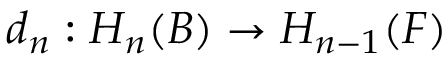
d _ { n } : H _ { n } ( B ) \to H _ { n - 1 } ( F )